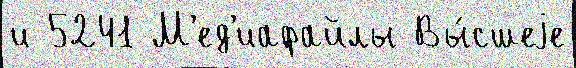
и 5241 М'ед'иафайлы Вы́сшеjе